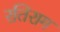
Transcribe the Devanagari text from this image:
रतिराग